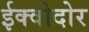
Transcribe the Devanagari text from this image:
ईक्वोदोर